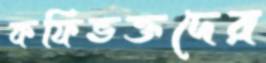
কফিভক্তদের